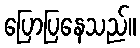
ပြောပြနေသည်။